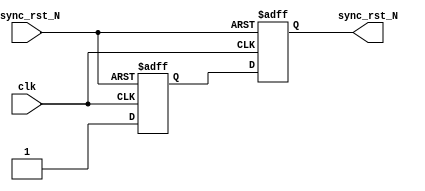
`ifndef DELAY
`define DELAY #0.1
`endif

module RESETSYNC2
    (
     output wire                sync_rst_N,
     input wire                 clk,
     input wire                 async_rst_N
     );

    reg                         d_s1, d_s2;
    always @(posedge clk or negedge async_rst_N)
        if (~async_rst_N) begin
            d_s1 <= `DELAY 1'b0;
            d_s2 <= `DELAY 1'b0;
        end else begin
            d_s1 <= `DELAY 1'b1;
            d_s2 <= `DELAY d_s1;
        end

    assign sync_rst_N = d_s2 ;
    
    
endmodule

////////////////////////////////////////////////////////////////////////////// 
//